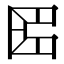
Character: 𠥓